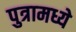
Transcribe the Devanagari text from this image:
पुत्रामध्ये